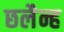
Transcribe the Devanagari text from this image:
छलैन्ह